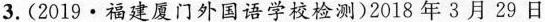
3.(2019·福建厦门外国语学校检测)2018年3月29日